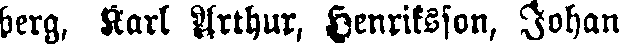
berg, Karl Arthur, Henriksson, Johan